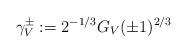
LaTeX: \begin{align*} \gamma^\pm_V:=2^{-1/3}G_V(\pm 1)^{2/3} \end{align*}